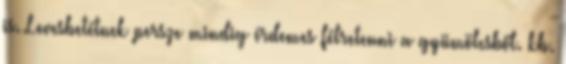
is. Levesbetétnek persze mindig érdemes félretenni a gyümölcsből. kb.